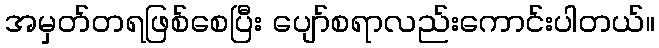
အမှတ်တရဖြစ်စေပြီး ပျော်စရာလည်းကောင်းပါတယ်။